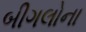
બીગલોના